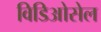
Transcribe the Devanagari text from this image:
विडिओसेल